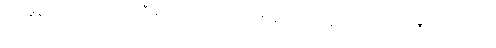
တိုင်ဖွန်း တိုက်လေယာဉ် စီမံကိန်းကို ယူကေအစိုးရက ပေါင်စတာလင် ၁၂ ဘီလျံ ထည့်ဝင်